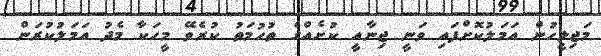
މަޖިލީހުން އަމަލުކޮށްފައި ވަނީ ޖިނާއީ ކުށެއްގެ ތުހުމަތު ކުރެވޭ މީހަކާ މެދު އަމަލުކުރަން